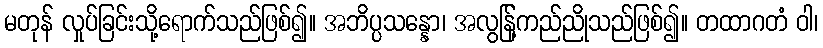
မတုန် လှုပ်ခြင်းသို့ရောက်သည်ဖြစ်၍။ အဘိပ္ပသန္နော၊ အလွန်ြ့ကည်ညိုသည်ဖြစ်၍။ တထာဂတံ ဝါ၊